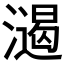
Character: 𣿌